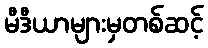
မီဒီယာများမှတစ်ဆင့်